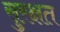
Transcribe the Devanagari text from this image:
सुरक्षत